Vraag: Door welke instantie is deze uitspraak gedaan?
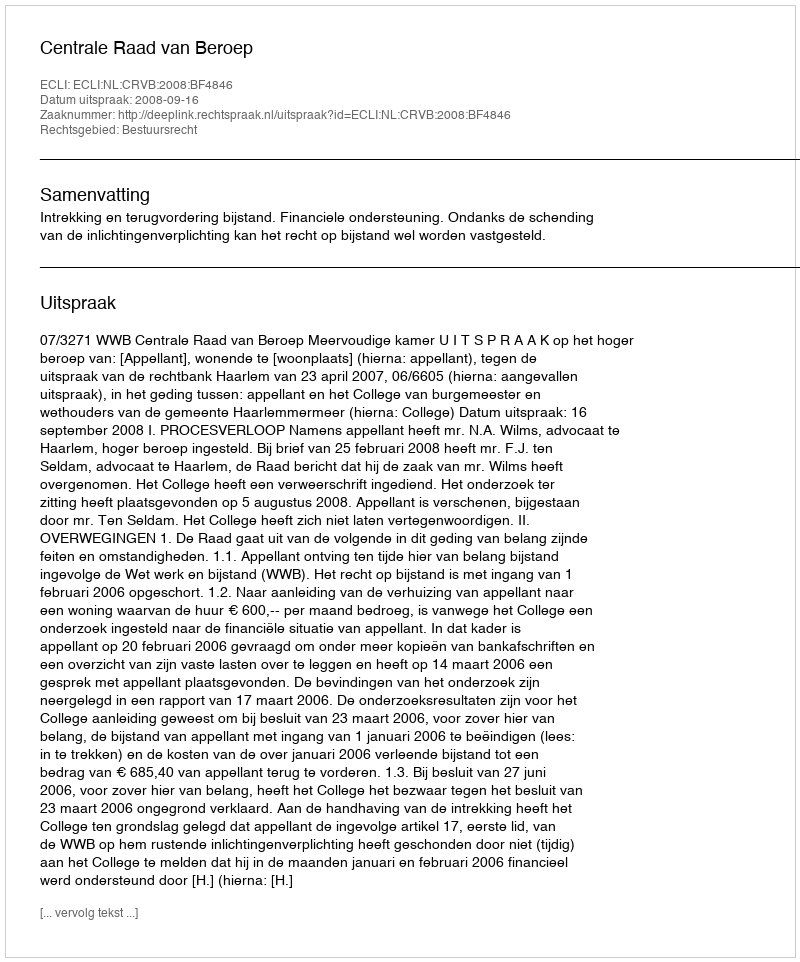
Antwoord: Centrale Raad van Beroep